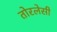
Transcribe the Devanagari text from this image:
तोरलेसी